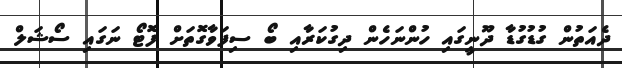
ދެއަތުން ގުޑުގުޑާ ދޫނީގައި ހުންނަހެން ދިގުކަރާއި ބޯ ސިފަވާގޮތަށް ފޮޓޯ ނަގައި ސޯޝަލް